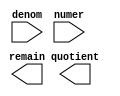
// megafunction wizard: %LPM_DIVIDE%VBB%
// GENERATION: STANDARD
// VERSION: WM1.0
// MODULE: LPM_DIVIDE 

// ============================================================
// Megafunction Name(s):
// 			LPM_DIVIDE
//
// Simulation Library Files(s):
// 			lpm
// ============================================================
// ************************************************************
// THIS IS A WIZARD-GENERATED FILE. DO NOT EDIT THIS FILE!
//
// 17.1.0 Build 590 10/25/2017 SJ Lite Edition
// ************************************************************

//Copyright (C) 2017  Intel Corporation. All rights reserved.
//Your use of Intel Corporation's design tools, logic functions 
//and other software and tools, and its AMPP partner logic 
//functions, and any output files from any of the foregoing 
//(including device programming or simulation files), and any 
//associated documentation or information are expressly subject 
//to the terms and conditions of the Intel Program License 
//Subscription Agreement, the Intel Quartus Prime License Agreement,
//the Intel FPGA IP License Agreement, or other applicable license
//agreement, including, without limitation, that your use is for
//the sole purpose of programming logic devices manufactured by
//Intel and sold by Intel or its authorized distributors.  Please
//refer to the applicable agreement for further details.

module devide_t (
	denom,
	numer,
	quotient,
	remain);

	input	[7:0]  denom;
	input	[9:0]  numer;
	output	[9:0]  quotient;
	output	[7:0]  remain;

endmodule

// ============================================================
// CNX file retrieval info
// ============================================================
// Retrieval info: PRIVATE: INTENDED_DEVICE_FAMILY STRING "MAX 10"
// Retrieval info: PRIVATE: PRIVATE_LPM_REMAINDERPOSITIVE STRING "TRUE"
// Retrieval info: PRIVATE: PRIVATE_MAXIMIZE_SPEED NUMERIC "-1"
// Retrieval info: PRIVATE: SYNTH_WRAPPER_GEN_POSTFIX STRING "0"
// Retrieval info: PRIVATE: USING_PIPELINE NUMERIC "0"
// Retrieval info: PRIVATE: VERSION_NUMBER NUMERIC "2"
// Retrieval info: PRIVATE: new_diagram STRING "1"
// Retrieval info: LIBRARY: lpm lpm.lpm_components.all
// Retrieval info: CONSTANT: LPM_DREPRESENTATION STRING "UNSIGNED"
// Retrieval info: CONSTANT: LPM_HINT STRING "LPM_REMAINDERPOSITIVE=TRUE"
// Retrieval info: CONSTANT: LPM_NREPRESENTATION STRING "UNSIGNED"
// Retrieval info: CONSTANT: LPM_TYPE STRING "LPM_DIVIDE"
// Retrieval info: CONSTANT: LPM_WIDTHD NUMERIC "8"
// Retrieval info: CONSTANT: LPM_WIDTHN NUMERIC "10"
// Retrieval info: USED_PORT: denom 0 0 8 0 INPUT NODEFVAL "denom[7..0]"
// Retrieval info: USED_PORT: numer 0 0 10 0 INPUT NODEFVAL "numer[9..0]"
// Retrieval info: USED_PORT: quotient 0 0 10 0 OUTPUT NODEFVAL "quotient[9..0]"
// Retrieval info: USED_PORT: remain 0 0 8 0 OUTPUT NODEFVAL "remain[7..0]"
// Retrieval info: CONNECT: @denom 0 0 8 0 denom 0 0 8 0
// Retrieval info: CONNECT: @numer 0 0 10 0 numer 0 0 10 0
// Retrieval info: CONNECT: quotient 0 0 10 0 @quotient 0 0 10 0
// Retrieval info: CONNECT: remain 0 0 8 0 @remain 0 0 8 0
// Retrieval info: GEN_FILE: TYPE_NORMAL devide_t.v TRUE
// Retrieval info: GEN_FILE: TYPE_NORMAL devide_t.inc FALSE
// Retrieval info: GEN_FILE: TYPE_NORMAL devide_t.cmp FALSE
// Retrieval info: GEN_FILE: TYPE_NORMAL devide_t.bsf TRUE
// Retrieval info: GEN_FILE: TYPE_NORMAL devide_t_inst.v TRUE
// Retrieval info: GEN_FILE: TYPE_NORMAL devide_t_bb.v TRUE
// Retrieval info: LIB_FILE: lpm